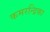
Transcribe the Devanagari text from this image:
कमरन्द्रिका